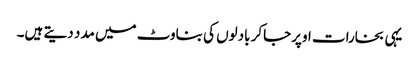
یہی بخارات اوپرجاکر بادلوں کی بناوٹ میں مدد دیتے ہیں۔